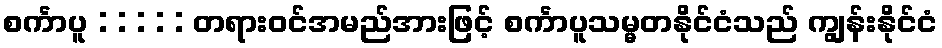
စင်္ကာပူ : : : : : တရားဝင်အမည်အားဖြင့် စင်္ကာပူသမ္မတနိုင်ငံသည် ကျွန်းနိုင်ငံ